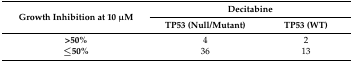
<table><thead><tr><td rowspan="2"><b>Growth Inhibition at 10 μM</b></td><td colspan="2"><b>Decitabine</b></td></tr><tr><td><b>TP53 (Null/Mutant)</b></td><td><b>TP53 (WT)</b></td></tr></thead><tbody><tr><td><b>&gt;50%</b></td><td>4</td><td>2</td></tr><tr><td><b>≤50%</b></td><td>36</td><td>13</td></tr></tbody></table>